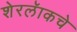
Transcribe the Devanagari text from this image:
शेरलॅाकचे